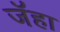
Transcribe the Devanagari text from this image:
जॅहा